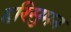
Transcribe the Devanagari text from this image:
हरिसुमन